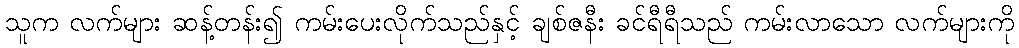
သူက လက်များ ဆန့်တန်း၍ ကမ်းပေးလိုက်သည်နှင့် ချစ်ဇနီး ခင်ရီရီသည် ကမ်းလာသော လက်များကို